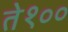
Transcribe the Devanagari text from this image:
ते१००